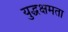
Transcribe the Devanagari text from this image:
युद्धक्षमता